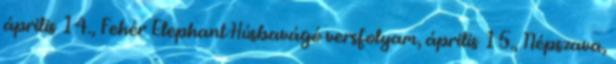
április 14., Fehér Elephant Húsbavágó versfolyam, április 15., Népszava,